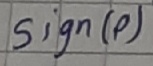
Text: sign(p)